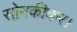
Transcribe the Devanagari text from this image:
सोनकीकर।